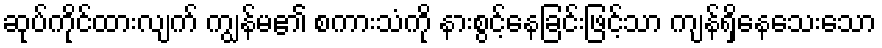
ဆုပ်ကိုင်ထားလျက် ကျွန်မ၏ စကားသံကို နားစွင့်နေခြင်းဖြင့်သာ ကျန်ရှိနေသေးသော